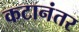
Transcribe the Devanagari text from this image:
कटानंतर